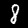
Digit: 8